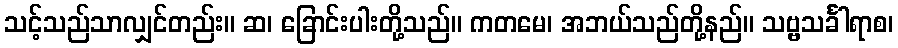
သင့်သည်သာလျှင်တည်း။ ဆ၊ ခြောင်းပါးတို့သည်။ ကတမေ၊ အဘယ်သည်တို့နည်။ သဗ္ဗသင်္ခါရာစ၊